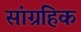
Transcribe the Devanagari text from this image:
सांग्रहिक